Report on vaccination in Madras 1895-1903 - 1895-1903
Year: 1895
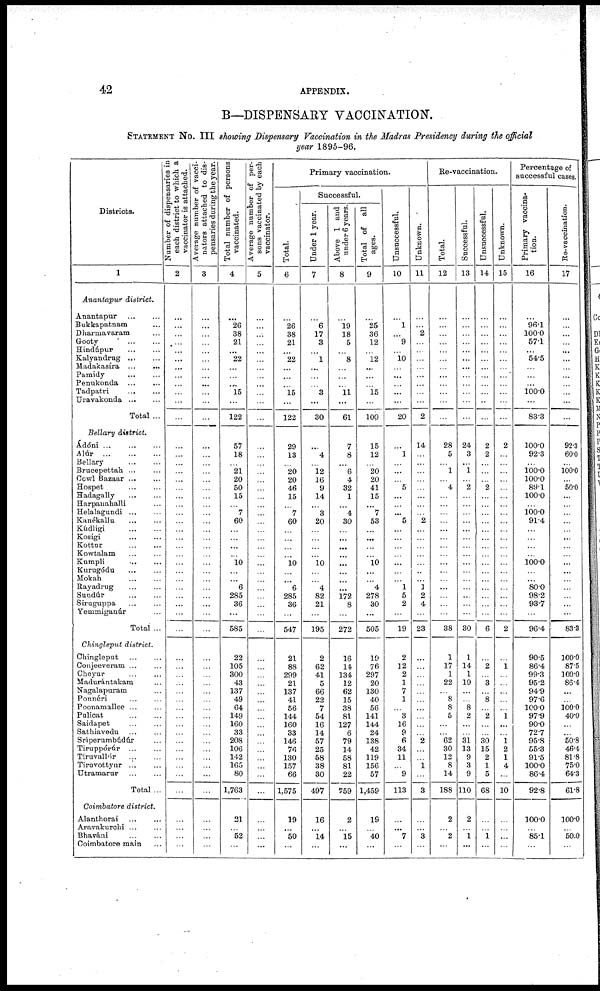
42
APPENDIX.
B—DISPENSARY VACCINATION.
STATEMENT No. III showing Dispensary Vaccination in the Madras Presidency during the official
year 1895-96.
Districts.
1
Anantapur district.
Anantapur
...
...
Bukkapatnam ...
Dharmavaram ...
Gooty
...
...
Hindúpur
...
...
Kalyandrug ... ...
Madakasíra ... ...
Pamidy
...
...
Penukonda ... ...
Tadpatri
...
...
Uravakonda ... ...
Total ...
Bellary district.
Ádóni
...
...
...
Alúr
...
...
...
Bellary
...
...
Brucepettah ... ...
Ccwl Bazaar ... ...
Hospet ... ...
Hadagally ... ...
Harpanahalli ...
Helalagundi ... ...
Kanékallu ... ...
Kúdligi
...
...
Kosigi
...
...
Kottur
...
...
Kowtalam ... ...
Kumpli
...
...
Kurugódu
...
...
Mokah
...
...
Rayadrug
...
...
Sundúr
...
...
Siruguppa ... ...
Yemmiganúr ...
Total ...
Chingleput district.
Chingleput ... ...
Conjeeveram ... ...
Cheyur ... ...
Madurántakam ...
Nagalapuram ...
Ponnéri ... ...
Poonamallee ... ...
Pulicat
...
...
Saidapet ... ...
Sathiavedu ... ...
Sríperumbúdúr ...
Tiruppórúr
...
...
Tiruvallúr ... ...
Tiruvottyur
...
...
Utramarur ... ...
Total ...
Coimbatore district.
Alanthorai ... ...
Aravakurchi ... ...
Bhaváni ... ...
Coimbatore main ...
Number of dispensaries in
each district to which a
vaccinator is attached.
2
...
...
...
...
...
...
...
...
...
...
...
...
...
...
...
...
...
...
...
...
...
...
...
...
...
...
...
...
...
...
...
...
...
...
...
...
...
...
...
...
...
...
...
...
...
...
...
...
...
...
...
...
...
...
Average number of vacci-
nators attached to dis-
pensaries during the year.
3
...
...
...
...
...
...
...
...
...
...
...
...
...
...
...
...
...
...
...
...
...
...
...
...
...
...
...
...
...
...
...
...
...
...
...
...
...
...
...
...
...
...
...
...
...
...
...
...
...
...
...
...
...
...
Total number of persons
vaccinated.
4
...
26
38
21
...
22
...
...
...
15
...
122
57
18
...
21
20
50
15
...
7
60
...
...
...
...
10
...
...
6
285
36
...
585
22
105
300
43
137
49
64
149
160
33
208
106
142
165
80
1,763
21
...
52
...
Average number of per-
sons vaccinated by each
vaccinator.
5
...
...
...
...
...
...
...
...
...
...
...
...
...
...
...
...
...
...
...
...
...
...
...
...
...
...
...
...
...
...
...
...
...
...
...
...
...
...
...
...
...
...
...
...
...
...
...
...
...
...
...
...
...
...
Primary vaccination.
Total.
6
...
26
38
21
...
22
...
...
...
15
...
122
29
13
...
20
20
46
15
...
7
60
...
...
...
...
10
...
...
6
285
36
...
547
21
88
299
21
137
41
56
144
160
33
146
76
130
157
66
1,575
19
...
50
...
Successful.
Under 1 year.
7
...
6
17
3
...
1
...
...
...
3
...
30
...
4
...
12
16
9
14
...
3
20
...
...
...
...
10
...
...
4
82
21
...
195
2
62
41
5
66
22
7
54
16
14
57
25
58
38
30
497
16
...
14
...
Above 1 and
under 6 years.
8
...
19
18
5
...
8
...
...
...
11
...
61
7
8
...
6
4
32
1
...
4
30
...
...
...
...
...
...
...
...
172
8
...
272
16
14
134
12
62
15
38
81
127
6
79
14
58
81
22
759
2
...
15
...
Total of all
ages.
9
...
25
36
12
...
12
...
...
...
15
...
100
15
12
...
20
20
41
15
...
7
53
...
...
...
...
10
...
...
4
278
30
...
505
19
76
297
20
130
40
56
141
144
24
138
42
119
156
57
1,459
19
...
40
...
Unsuccessful.
10
...
1
...
9
...
10
...
...
...
...
...
20
...
1
...
...
...
5
...
...
...
5
...
...
...
...
...
...
...
1
5
2
...
19
2
12
2
1
7
1
...
3
16
9
6
34
11
...
9
113
...
...
7
...
Unknown.
11
...
...
2
...
...
...
...
...
...
...
...
2
14
...
...
...
...
...
...
...
...
2
...
...
...
...
...
...
...
1
2
4
...
23
...
...
...
...
...
...
...
...
...
...
2
...
...
1
...
3
...
...
3
...
Re-vaccination.
Total.
12
...
...
...
...
...
...
...
...
...
...
...
...
28
5
...
1
...
4
...
...
...
...
...
...
...
...
...
...
...
...
...
...
...
38
1
17
1
22
...
8
8
5
...
...
62
30
12
8
14
188
2
...
2
...
Successful.
13
...
...
...
...
...
...
...
...
...
...
...
...
24
3
...
1
...
2
...
...
...
...
...
...
...
...
...
...
...
...
...
...
...
30
1
14
1
19
...
...
8
2
...
...
31
13
9
3
9
110
2
...
1
...
Unsuccessful.
14
...
...
...
...
...
...
...
...
...
...
...
...
2
2
...
...
...
2
...
...
...
...
...
...
...
...
...
...
...
...
...
...
...
6
...
2
...
3
...
8
...
2
...
...
30
15
2
1
5
68
...
...
1
...
Unknown.
15
...
...
...
...
...
...
...
...
...
...
...
...
2
...
...
...
...
...
...
...
...
...
...
...
...
...
...
...
...
...
...
...
...
2
...
1
...
...
...
...
...
1
...
...
1
2
1
4
...
10
...
...
...
...
Percentage of
successful cases.
Primary vaccina-
tion.
16
...
96.1
100.0
57.1
...
54.5
...
...
...
100.0
...
83.3
100.0
92.3
...
100.0
100.0
89.1
100.0
...
100.0
91.4
...
...
...
...
100.0
...
...
80.0
98.2
93.7
...
96.4
90.5
86.4
99.3
95.2
94.9
97.6
100.0
97.9
90.0
72.7
95.8
55.3
91.5
100.0
86.4
92.8
100.0
...
85.1
...
Re-vaccination.
17
...
...
...
...
...
...
...
...
...
...
...
...
92.3
60.0
...
100.0
...
50.0
...
...
...
...
...
...
...
...
...
...
...
...
...
...
...
83.3
100.0
87.5
100.0
86.4
...
...
100.0
40.0
...
...
50.8
46.4
81.8
75.0
64.3
61.8
100.0
...
50.0
...